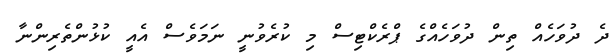
ދެ ދުވަހެއް ތިން ދުވަހެއްގެ ޕްރެކްޓިސް މި ކުރެވުނީ ނަމަވެސް އެއީ ކުޅުންތެރިންނާ